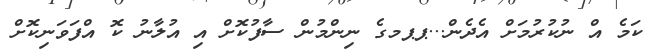
ކަމެ އް ނުކުރުމަށް އެދެން...ޕޕމގެ ނިންމުން ސާފުކޮށް އި އުލާނު ކޮ އްފަވަނިކޮށް